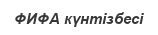
ФИФА күнтізбесі